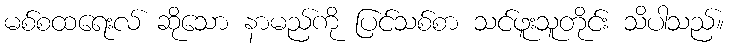
မစ်စထရေးလ် ဆိုသော နာမည်ကို ပြင်သစ်စာ သင်ဖူးသူတိုင်း သိပါသည်။